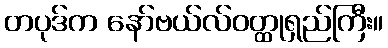
တပုဒ်က နော်ဗယ်လ်ဝတ္ထုရှည်ကြီး။